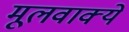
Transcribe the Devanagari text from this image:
मूलवाक्ये